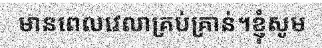
មានពេលវេលាគ្រប់គ្រាន់។ខ្ញុំសូម